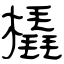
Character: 橇